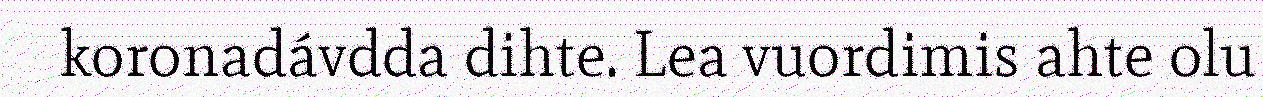
koronadávdda dihte. Lea vuordimis ahte olu